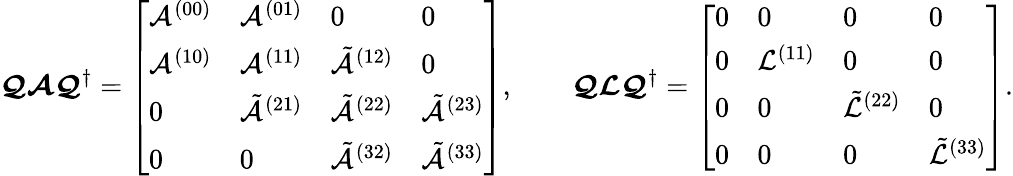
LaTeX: \boldsymbol{\mathcal{Q}}\boldsymbol{\mathcal{A}}\boldsymbol{\mathcal{Q}}^{\dagger}=\left[\begin{array}{llll}{\mathcal{A}^{(00)}}&{\mathcal{A}^{(01)}}&{0}&{0}\\ {\mathcal{A}^{(10)}}&{\mathcal{A}^{(11)}}&{\tilde{\mathcal{A}}^{(12)}}&{0}\\ {0}&{\tilde{\mathcal{A}}^{(21)}}&{\tilde{\mathcal{A}}^{(22)}}&{\tilde{\mathcal{A}}^{(23)}}\\ {0}&{0}&{\tilde{\mathcal{A}}^{(32)}}&{\tilde{\mathcal{A}}^{(33)}}\end{array}\right],\qquad\boldsymbol{\mathcal{Q}}\boldsymbol{\mathcal{L}}\boldsymbol{\mathcal{Q}}^{\dagger}=\left[\begin{array}{llll}{0}&{0}&{0}&{0}\\ {0}&{\mathcal{L}^{(11)}}&{0}&{0}\\ {0}&{0}&{\tilde{\mathcal{L}}^{(22)}}&{0}\\ {0}&{0}&{0}&{\tilde{\mathcal{L}}^{(33)}}\end{array}\right].